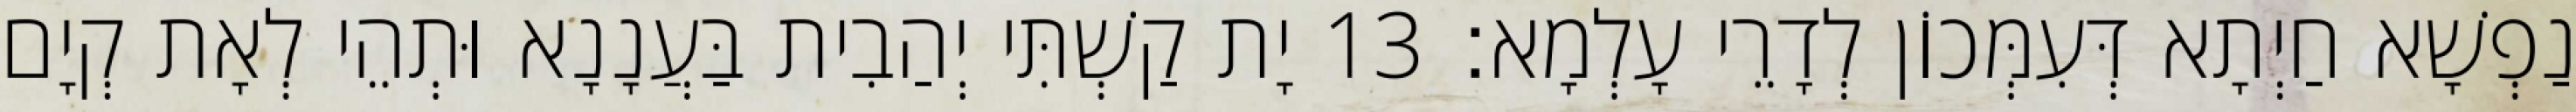
נַפְשָׁא חַיְתָא דְּעִמְּכוֹן לְדָרֵי עָלְמָא׃ 13 יָת קַשְׁתִּי יְהַבִית בַּעֲנָנָא וּתְהֵי לְאָת קְיָם